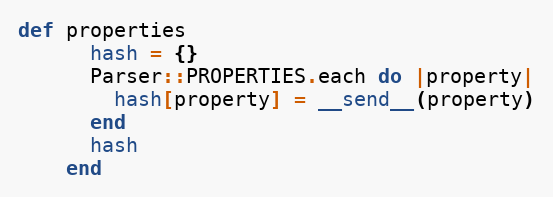
Language: Ruby
def properties
      hash = {}
      Parser::PROPERTIES.each do |property|
        hash[property] = __send__(property)
      end
      hash
    end